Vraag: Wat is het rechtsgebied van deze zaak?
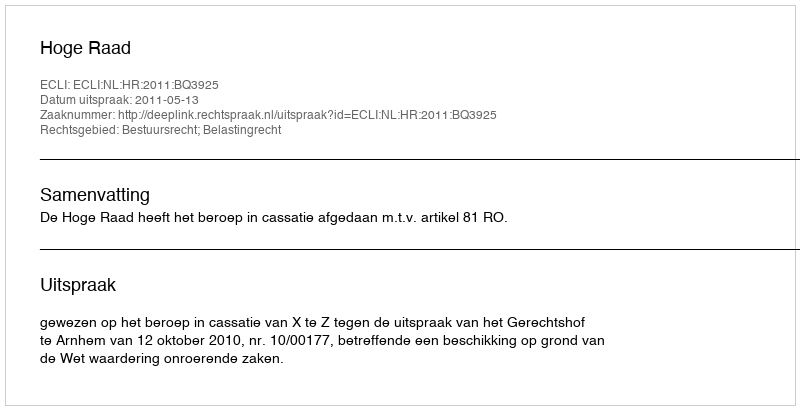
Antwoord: Bestuursrecht; Belastingrecht